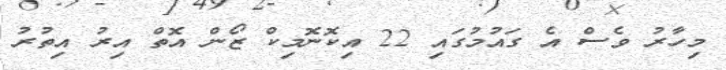
މިހާރު ވެސް އެ ގައުމުގައި 22 އިކޮނޮމިކް ޒޯން އޮތް އިރު އިތުރު